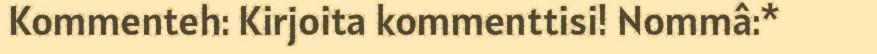
Kommenteh: Kirjoita kommenttisi! Nommâ:*